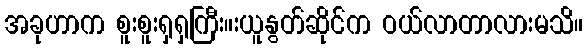
အခုဟာက စူးစူးရှရှကြီး။းယူနွတ်ဆိုင်က ဝယ်လာတာလားမသိ။